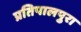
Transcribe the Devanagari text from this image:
प्रतिपालपुरा